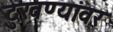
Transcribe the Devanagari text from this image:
दुखण्यांवर